Annual report on the lock hospitals of the Madras Presidency
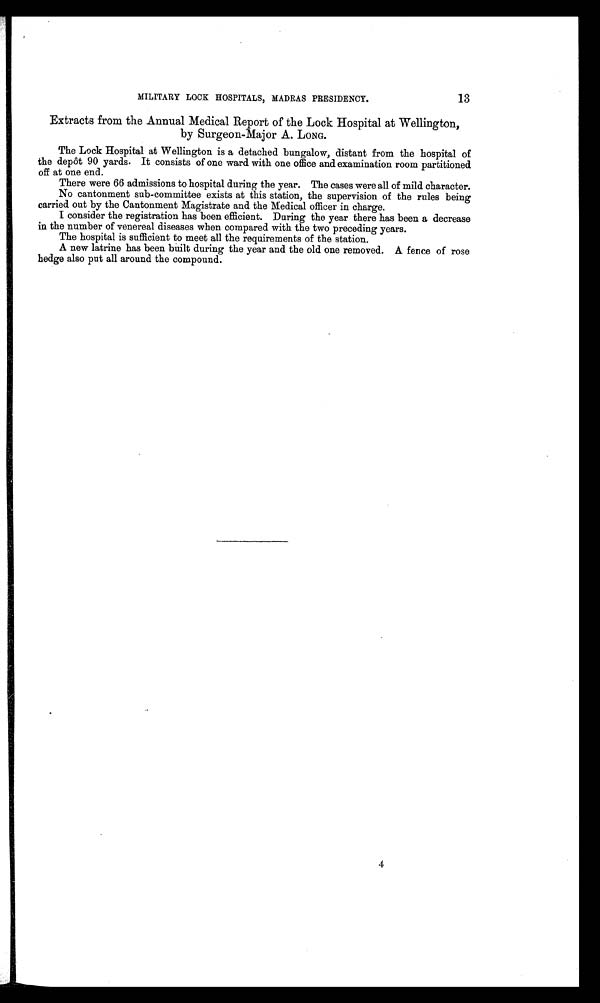
MILITARY LOCK HOSPITALS, MADRAS PRESIDENCY.
13
Ext ract s from t he Annual Medi cal Report of t he Lock Hospi t al at Wel l i ngt on,
by Surgeon-Major A. LONG.
The Lock Hospital at Wellington is a detached bungalow, distant from the hospital of
the depôt 90 yards. It consists of one ward with one office and examination room partitioned
off at one end.
There were 66 admissions to hospital during the year. The cases were all of mild character.
No cantonment sub-committee exists at this station, the supervision of the rules being
carried out by the Cantonment Magistrate and the Medical officer in charge.
I consider the registration has been efficient. During the year there has been a decrease
in the number of venereal diseases when compared with the two preceding years.
The hospital is sufficient to meet all the requirements of the station.
A new latrine has been built during the year and the old one removed. A fence of rose
hedge also put all around the compound.
4